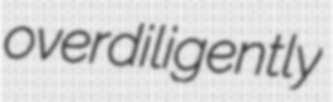
overdiligently